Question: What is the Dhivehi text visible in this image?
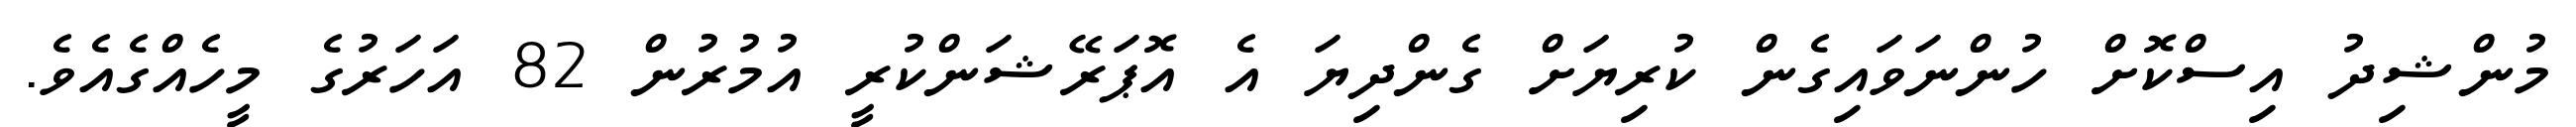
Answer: މުންޝިދު އިސްކޮށް ހުންނަވައިގެން ކުރިޔަށް ގެންދިޔަ އެ އޮޕަރޭޝަންކުރީ އުމުރުން 82 އަހަރުގެ މީހެއްގެއެވެ.